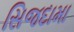
સિજદામા